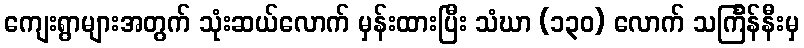
ကျေးရွာများအတွက် သုံးဆယ်လောက် မှန်းထားပြီး သံဃာ (၁၃၀) လောက် သင်္ကြန်နီးမှ